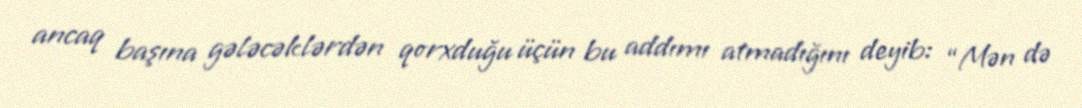
ancaq başına gələcəklərdən qorxduğu üçün bu addımı atmadığını deyib: “Mən də